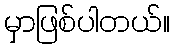
မှာဖြစ်ပါတယ်။